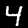
Digit: 4